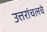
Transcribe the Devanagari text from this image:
उत्तरांचलचे